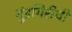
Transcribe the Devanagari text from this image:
गुंडगिरीची